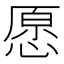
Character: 愿